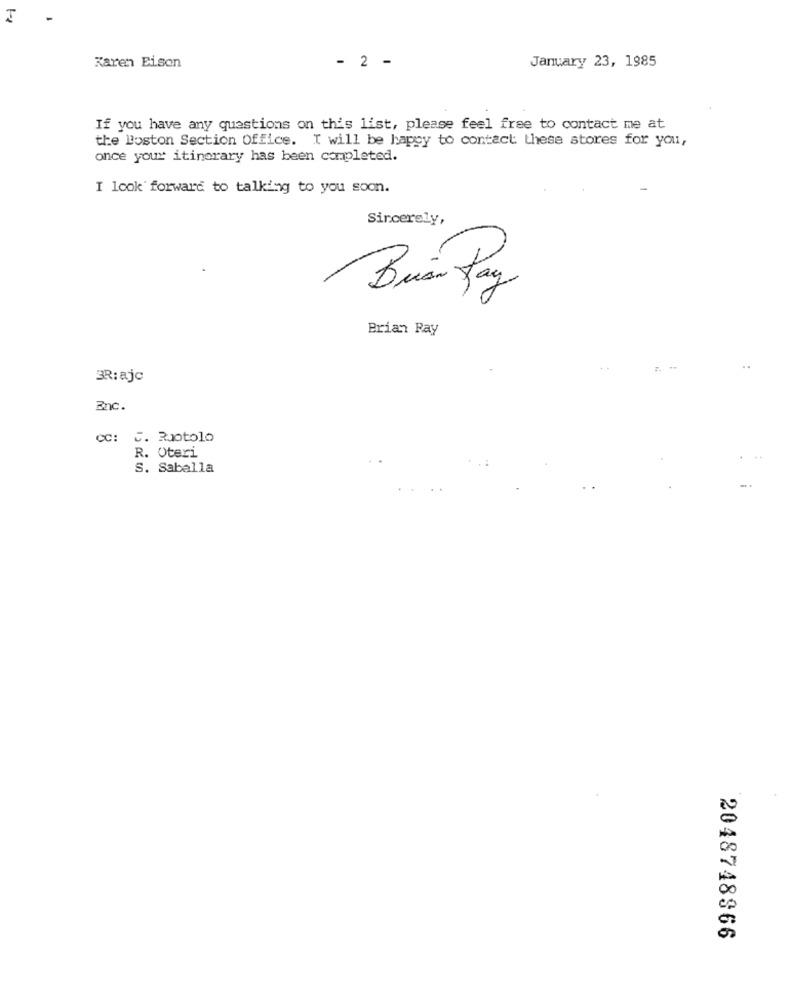
1-4
-
January 23, 1985
Karen Eisen
- 2 -
If you have any questions on this list, please feel free to contact me at
the Poston Section Office. I will be happy to contact these stores for you,
once your itinerary has been completed.
I look forward to talking to you soon.
Sincerely,
Bus-Pay
Brian Ray
..
BR:ajc
Enc.
cc: C. Ruotolo
R. Oteri
S. Sabella
2048748366